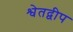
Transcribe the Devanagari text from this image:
श्वेतद्वीप